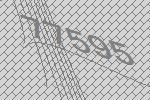
77595